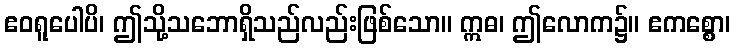
ဧဝရူပေါပိ၊ ဤသို့သဘောရှိသည်လည်းဖြစ်သော။ ဣဓ၊ ဤလောက၌။ ဧကစ္စော၊